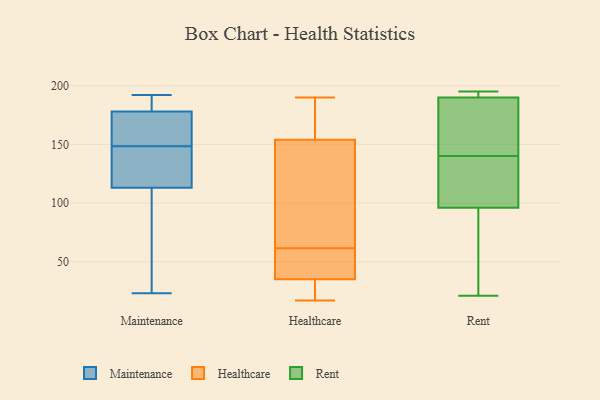
{"axis": {"x": "Website Visitors", "y": "Value"}, "legend": ["Healthcare", "Maintenance", "Rent"], "data": [{"x": "", "y": 161, "type": "Maintenance"}, {"x": "", "y": 143, "type": "Maintenance"}, {"x": "", "y": 113, "type": "Maintenance"}, {"x": "", "y": 23, "type": "Maintenance"}, {"x": "", "y": 178, "type": "Maintenance"}, {"x": "", "y": 179, "type": "Maintenance"}, {"x": "", "y": 192, "type": "Maintenance"}, {"x": "", "y": 177, "type": "Maintenance"}, {"x": "", "y": 154, "type": "Maintenance"}, {"x": "", "y": 81, "type": "Maintenance"}, {"x": "", "y": 143, "type": "Maintenance"}, {"x": "", "y": 125, "type": "Maintenance"}, {"x": "", "y": 89, "type": "Maintenance"}, {"x": "", "y": 182, "type": "Maintenance"}, {"x": "", "y": 191, "type": "Maintenance"}, {"x": "", "y": 87, "type": "Maintenance"}, {"x": "", "y": 161, "type": "Maintenance"}, {"x": "", "y": 119, "type": "Maintenance"}, {"x": "", "y": 86, "type": "Healthcare"}, {"x": "", "y": 91, "type": "Healthcare"}, {"x": "", "y": 65, "type": "Healthcare"}, {"x": "", "y": 159, "type": "Healthcare"}, {"x": "", "y": 190, "type": "Healthcare"}, {"x": "", "y": 157, "type": "Healthcare"}, {"x": "", "y": 58, "type": "Healthcare"}, {"x": "", "y": 154, "type": "Healthcare"}, {"x": "", "y": 46, "type": "Healthcare"}, {"x": "", "y": 53, "type": "Healthcare"}, {"x": "", "y": 17, "type": "Healthcare"}, {"x": "", "y": 33, "type": "Healthcare"}, {"x": "", "y": 35, "type": "Healthcare"}, {"x": "", "y": 25, "type": "Healthcare"}, {"x": "", "y": 195, "type": "Rent"}, {"x": "", "y": 190, "type": "Rent"}, {"x": "", "y": 147, "type": "Rent"}, {"x": "", "y": 133, "type": "Rent"}, {"x": "", "y": 157, "type": "Rent"}, {"x": "", "y": 193, "type": "Rent"}, {"x": "", "y": 86, "type": "Rent"}, {"x": "", "y": 21, "type": "Rent"}, {"x": "", "y": 96, "type": "Rent"}, {"x": "", "y": 100, "type": "Rent"}]}